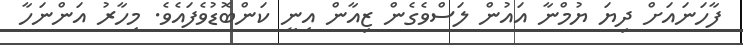
ފާހަނައަށް ދިޔަ ޔުމްނާ އައުން ލަސްވެގެން ޒިއާން އިނީ ކަންބޮޑުވެފައެވެ. މިހާރު އަންނަހާ